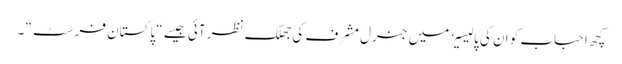
کچھ احباب کو ان کی پالیسیز میں جنرل مشرف کی جھلک نظر آئی جیسے “ پاکستان فرسٹ “ ۔